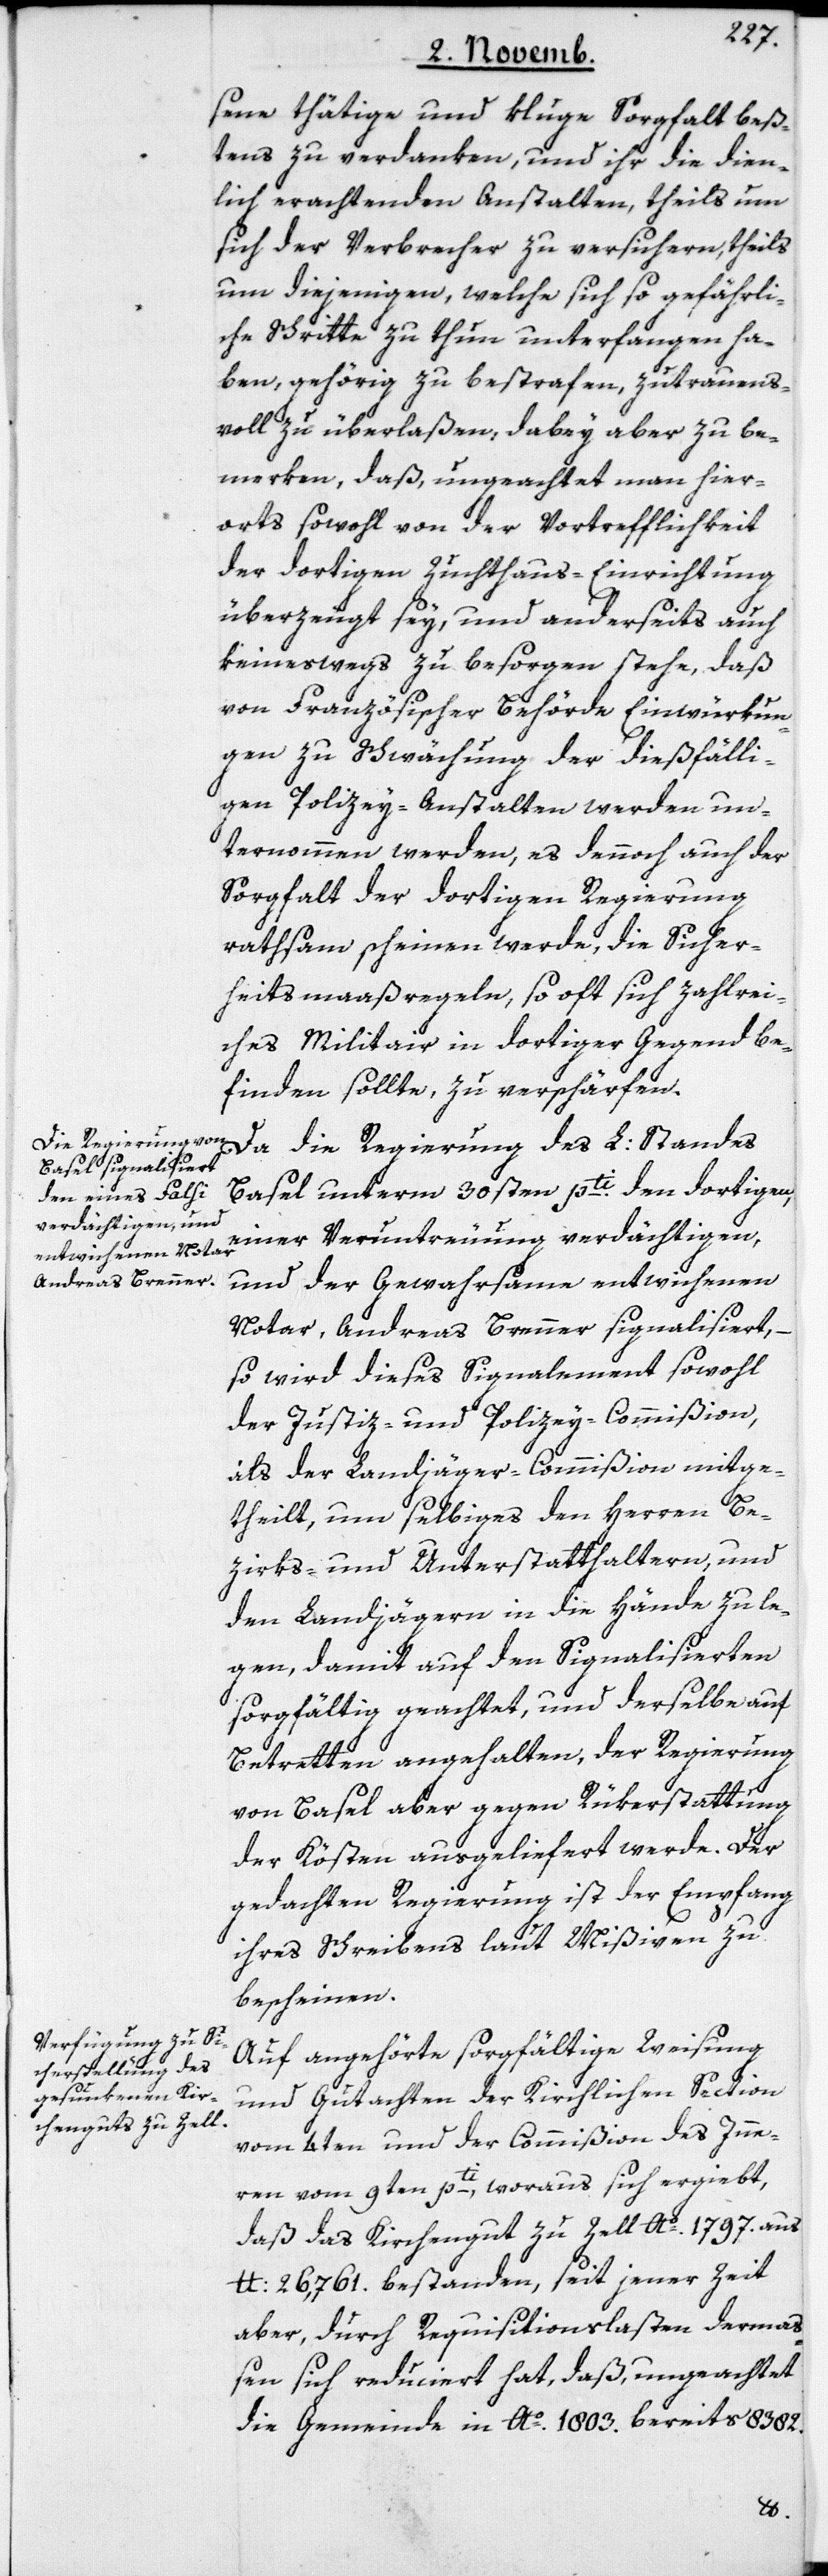
sene thätige und kluge Sorgfalt beß¬
tens zu verdanken, und ihr die dien¬
lich erachtenden Anstalten, theils um
sich der Verbrecher zu versichern, theils
um diejenigen, welche sich so gefährli¬
che Schritte zu thun unterfangen ha¬
ben, gehörig zu bestrafen, zutrauens¬
voll zu überlaßen, dabey aber zu be¬
merken, daß ungeachtet man hier¬
orts sowohl von der Vortrefflichkeit
der dortigen Zuchthaus-Einrichtung
überzeugt sey, und anderseits auch
keineswegs zu besorgen stehe, daß
von Französischer Behörde Einwürkun¬
gen zu Schwächung der dießfälli¬
gen Polizey-Anstalten werden un¬
ternommen werden, es dennoch auch der
Sorgfalt der dortigen Regierung
rathsam scheinen werde, die Sicher¬
heitsmaaßregeln, so oft sich zahlrei¬
ches Militair in dortiger Gegend be¬
finden sollte, zu verschärfen.
Da die Regierung des L. Standes
Basel unterm 30sten pti. den dortigen,
einer Veruntreuung verdächtigen,
und der Gewahrsame entwichenen
Notar, Andreas Brenner signalisiert,
so wird dieses Signalement sowohl
der Justiz- und Polizey-Commißion,
als der Landjäger-Commißion mitge¬
theilt, um selbiges den Herren Be¬
zirks- und Unterstatthaltern und
den Landjägern in die Hände zu le¬
gen, damit auf den Signalisierten
sorgfältig geachtet, und derselbe auf
Betretten angehalten, der Regierung
von Basel aber gegen Rükerstattung
der Kösten ausgeliefert werde. Der
gedachten Regierung ist der Empfang
ihres Schreibens laut Mißiven zu
bescheinen.
Auf angehörte sorgfältige Weisung
und Gutachten der Kirchlichen Section
vom 4ten und der Commißion des Inne¬
rn vom 9ten pti, woraus sich ergiebt,
daß das Kirchengut zu Zell Ao. 1797. aus
lb. 26,761. bestanden, seit jener Zeit
aber, durch Requisitionslasten derma¬
ßen sich reduciert hat, daß ungeachtet
die Gemeinde in Ao. 1803. bereits 8382.